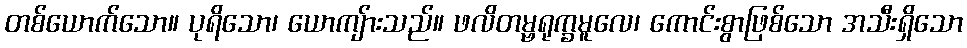
တစ်ယောက်သော။ ပုရိသော၊ ယောကျ်ားသည်။ ဖလိတမ္ဗရုက္ခမူလေ၊ ကောင်းစွာဖြစ်သော အသီးရှိသော